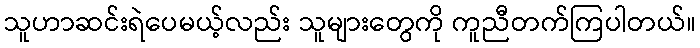
သူဟာဆင်းရဲပေမယ့်လည်း သူများတွေကို ကူညီတက်ကြပါတယ်။